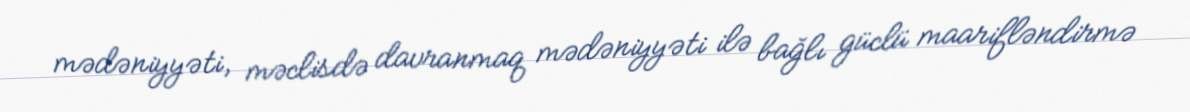
mədəniyyəti, məclisdə davranmaq mədəniyyəti ilə bağlı güclü maarifləndirmə